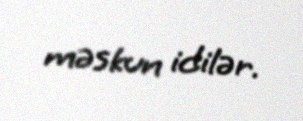
məskun idilər.